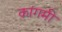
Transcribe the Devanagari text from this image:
कांगमी